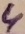
Text: 4